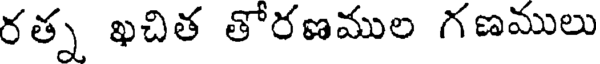
రత్న ఖచిత తోరణముల గణములు